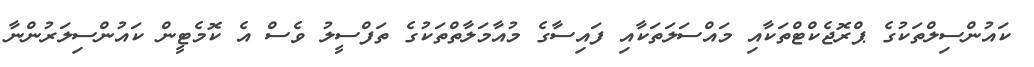
ކައުންސިލްތަކުގެ ޕްރޮޖެކްޓްތަކާއި މައްސަލަތަކާއި ފައިސާގެ މުއާމަލާތްތަކުގެ ތަފްސީލު ވެސް އެ ކޮމެޓީން ކައުންސިލަރުންނާ